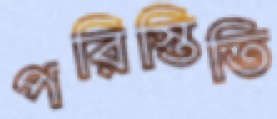
পরিস্তিতি